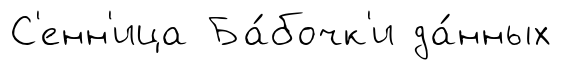
С'енн'ица Ба́бочк'и да́нных